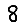
Digit: 8